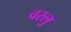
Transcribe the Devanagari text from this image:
वरलु